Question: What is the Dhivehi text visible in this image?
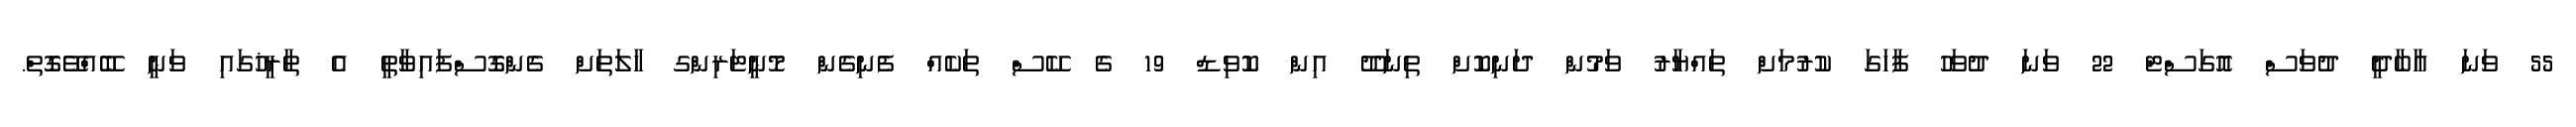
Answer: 55 ވަނަ އާބާދީ ދުވަސް އޮގަސްޓް 22 ވަނަ ދުވަހު ފާހަގަ ކުރުމަށް ތައްޔާރު ވަމުން ދަނިކޮށް ތިނަދޫ އިން ކޮވިޑް 19 ގެ ކޭސް ތަކެއް ފެނިގެން މޮނީޓަރިންގ ހާލަތަށް ގެންގޮސްފައިވާތީ އެ ތާރީޚުގައި ވަނީ ބޭއްވޭގޮތް.